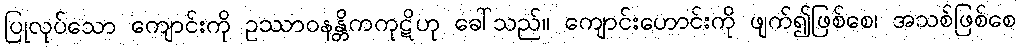
ပြုလုပ်သော ကျောင်းကို ဥဿာဝနန္တိကကုဋိဟု ခေါ်သည်။ ကျောင်းဟောင်းကို ဖျက်၍ဖြစ်စေ၊ အသစ်ဖြစ်စေ